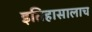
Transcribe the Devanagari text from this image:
इतिहासालाच